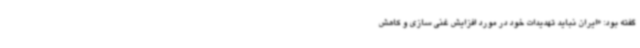
گفته بود: «ایران نباید تهدیدات خود در مورد افزایش غنی سازی و کاهش